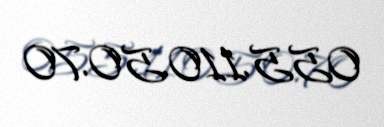
055.110.50.70